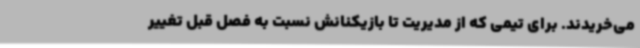
می‌خریدند. برای تیمی که از مدیریت تا بازیکنانش نسبت به فصل قبل تغییر